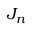
J _ { n }